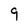
Character: 9